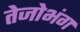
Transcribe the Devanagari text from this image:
तेजोभंग